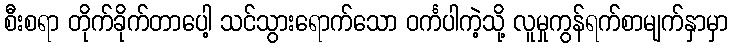
စီးစရာ တိုက်ခိုက်တာပေါ့ သင်သွားရောက်သော ဝင်္ကပါကဲ့သို့ လူမှုကွန်ရက်စာမျက်နှာမှာ